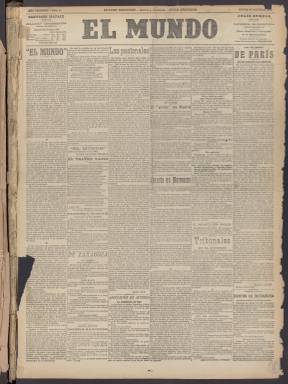
Título: El Mundo (Madrid. 1907)
Colección: Periódicos
Ámbito geográfico: Madrid
Lugar de publicación: Madrid
Fechas: 21/10/1907-29/07/1933